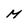
Character: M